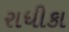
રાધીકા